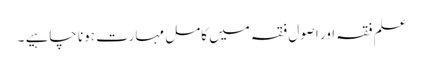
علم فقہ اور اصول فقہ میں کامل مہارت ہونا چاہیے ۔